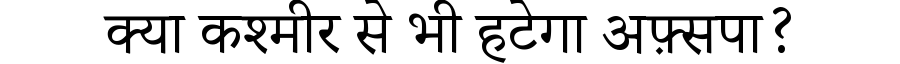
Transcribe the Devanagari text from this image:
क्या कश्मीर से भी हटेगा अफ़्सपा?